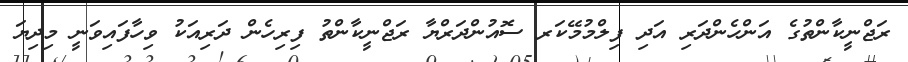
ރަޖްނީކާންތުގެ އަންހެންދަރި އަދި ފިލްމުމޭކަރ ސޮއުންދަރްޔާ ރަޖްނީކާންތު ފިރިހެން ދަރިއަކު ވިހާފައިވަނީ މިދިޔަ